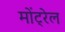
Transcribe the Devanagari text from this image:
मोंट्रेल